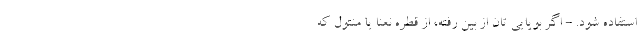
استفاده شود. - اگر بویایی تان از بین رفته، از قطره نعنا یا منتول که